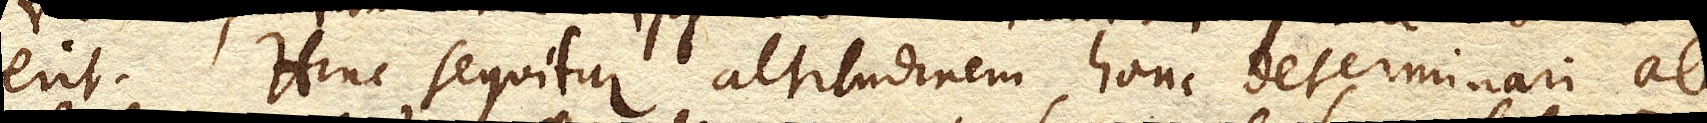
erit. Hinc sequitur altitudinem hanc determinari ab